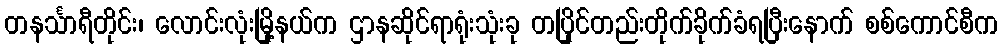
တနင်္သာရီတိုင်း၊ လောင်းလုံးမြို့နယ်က ဌာနဆိုင်ရာရုံးသုံးခု တပြိုင်တည်းတိုက်ခိုက်ခံရပြီးနောက် စစ်ကောင်စီက